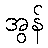
အွန်